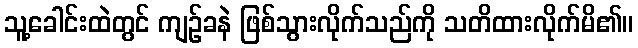
သူ့ခေါင်းထဲတွင် ကျဉ်ခနဲ ဖြစ်သွားလိုက်သည်ကို သတိထားလိုက်မိ၏။